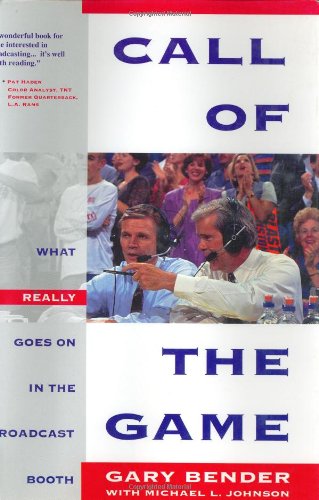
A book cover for Call of the Game; Gary Bender; Sports & Outdoors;